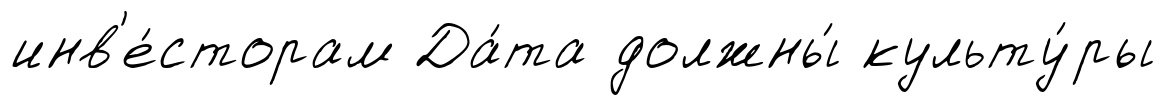
инв'е́сторам Да́та должны́ культу́ры